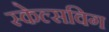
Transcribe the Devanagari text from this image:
स्केल्सविग